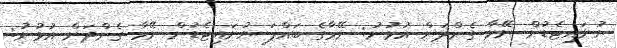
ޔުނައިޓެޑުން ނޭމާ ގެންދަން އުޅުނު: ނޭމާގެ ބައްޕަ ޔުނައިޓެޑުން ނޭމާ ގެންދަން އުޅުނު: